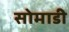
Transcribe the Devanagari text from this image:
सोमाडी